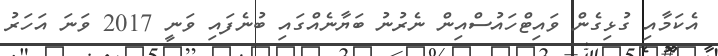
އެކަމާއި ގުޅިގެން ވައިޓްހައުސްއިން ނެރުނު ބަޔާނެއްގައި ބުނެފައި ވަނީ 2017 ވަނަ އަހަރު